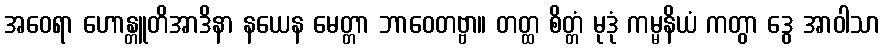
အဝေရာ ဟောန္တူတိအာဒိနာ နယေန မေတ္တာ ဘာဝေတဗ္ဗာ။ တတ္ထ စိတ္တံ မုဒုံ ကမ္မနိယံ ကတွာ ဒွေ အာဝါသာ